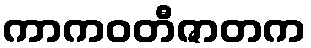
ကာကဝတီဇာတက